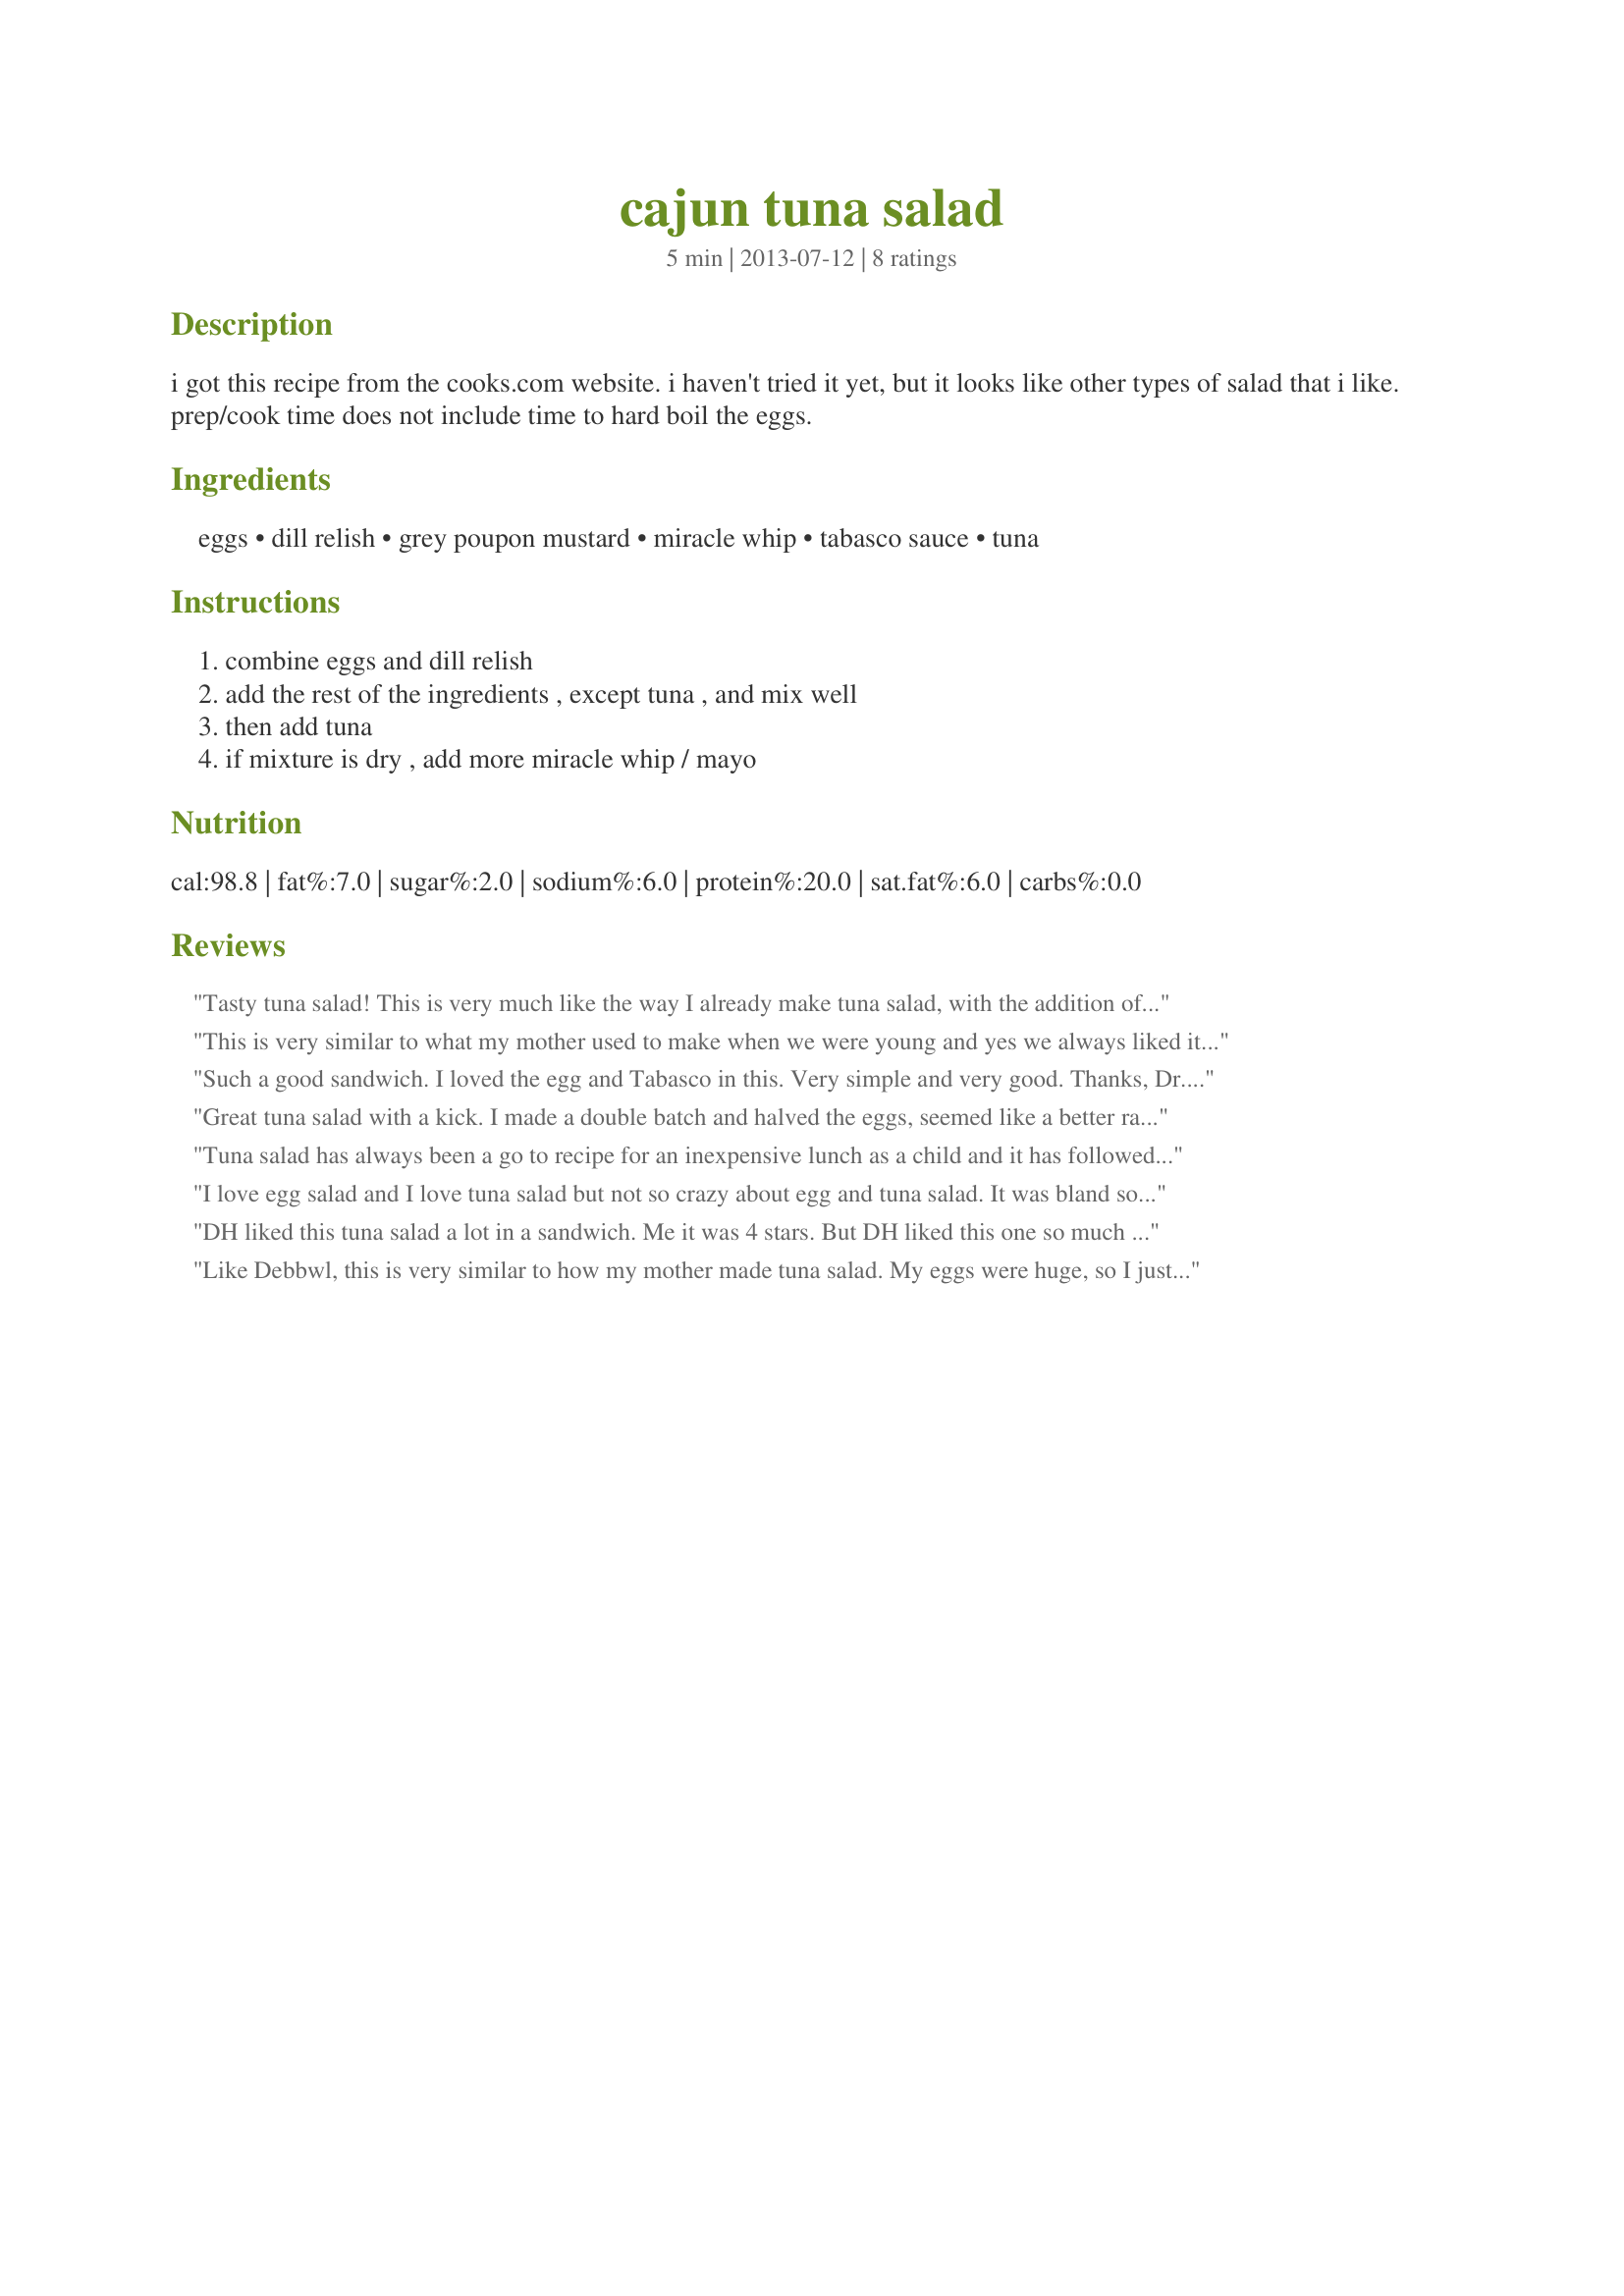
cajun tuna salad
Preparation time: 5 minutes

i got this recipe from the cooks.com website. i haven't tried it yet, but it looks like other types of salad that i like. prep/cook time does not include time to hard boil the eggs.

Ingredients:
eggs, dill relish, grey poupon mustard, miracle whip, tabasco sauce, tuna

Steps:
combine eggs and dill relish, add the rest of the ingredients , except tuna , and mix well, then add tuna, if mixture is dry , add more miracle whip / mayo

Reviews:
Tasty tuna salad! This is very much like the way I already make tuna salad, with the addition of hot sauce. Hot sauce is a great addition, I think I will continue to do this in the future! Made for Pink Panthers on the Prowl for ZWT9.
This is very similar to what my mother used to make when we were young and yes we always liked it. I scaled the recipe back to serve two, used whole grain mustard and used mayo (hate Miracle Whip). I did not over stir as I want it a bit chunky and packed in a tub for my lunch box, enjoyed on romaine leaves for a low carb meal. Next time I will add some onion, thanks for the post.
Such a good sandwich. I loved the egg and Tabasco in this. Very simple and very good. Thanks, Dr. Jenny. Made for ZWT9.
Great tuna salad with a kick. I made a double batch and halved the eggs, seemed like a better ratio. I also swapped out Creole mustard for Dijon and Louisiana hot sauce for Tabasco. A little more authentic without changing the flavor too much. Will definitely make again, may add celery next time.
Tuna salad has always been a go to recipe for an inexpensive lunch as a child and it has followed me into adulthood. I used real mayo in the recipe and finely chopped dill pickles as I didn&#039;t have the relish. This made wonderful sandwiches. I really enjoyed the hint of mustard mixed with the Tabasco. Made for ZWT9.
I love egg salad and I love tuna salad but not so crazy about egg and tuna salad. It was bland so I added salt, pepper, more hot sauce. and it probably could have used some chopped onion too. I&#039;m expecting it to improve after some time flavor blending in the fridge. Some of the problem was probably that I used albacore tune which is less flavorful. Made for ZWT9.
DH liked this tuna salad a lot in a sandwich. Me it was 4 stars. But DH liked this one so much so that&#039;s 5 stars :) He will want it again soon for lunch. Like others, I&#039;m not too sure about the eggs with the tuna. Thanks Dr. Jenny :) Made for ZWT 9
Like Debbwl, this is very similar to how my mother made tuna salad. My eggs were huge, so I just used 2, but kept the rest of the ingredients the same. Really enjoyed it on a sandwich thin for my lunch! Thanks for sharing! Made for Zaar Stars tag game.
